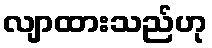
လျာထားသည်ဟု